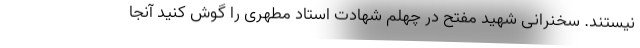
نیستند. سخنرانی شهید مفتح در چهلم شهادت استاد مطهری را گوش کنید آنجا